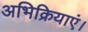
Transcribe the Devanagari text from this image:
अभिक्रियाएं।